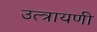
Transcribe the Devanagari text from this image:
उत्त्रायणी